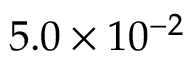
5 . 0 \times 1 0 ^ { - 2 }